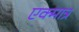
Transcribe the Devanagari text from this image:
एक्मात्र